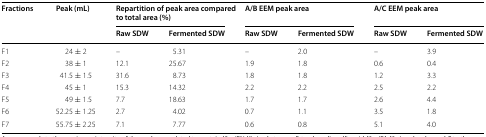
| <ROWSPAN=2> Fractions | <ROWSPAN=2> Peak (mL) | <COLSPAN=2> Repartition of peak area compared to total area (%) | <COLSPAN=2> A/B EEM peak area | <COLSPAN=2> A/C EEM peak area |
 | Raw SDW | Fermented SDW | Raw SDW | Fermented SDW | Raw SDW | Fermented SDW |
 | --- | --- | --- | --- | --- | --- | --- | --- |
 | F1 | 24 ± 2 | – | 5.31 | – | 2.0 | – | 3.9 |
 | F2 | 38 ± 1 | 12.1 | 25.67 | 1.9 | 1.8 | 0.6 | 0.4 |
 | F3 | 41.5 ± 1.5 | 31.6 | 8.73 | 1.8 | 1.8 | 1.2 | 3.3 |
 | F4 | 45 ± 1 | 15.3 | 14.32 | 2.2 | 2.2 | 2.5 | 2.2 |
 | F5 | 49 ± 1.5 | 7.7 | 18.63 | 1.7 | 1.7 | 2.6 | 4.4 |
 | F6 | 52.25 ± 1.25 | 2.7 | 4.02 | 0.7 | 1.1 | 3.5 | 1.8 |
 | F7 | 55.75 ± 2.25 | 7.1 | 7.77 | 0.6 | 0.8 | 5.1 | 4.0 |